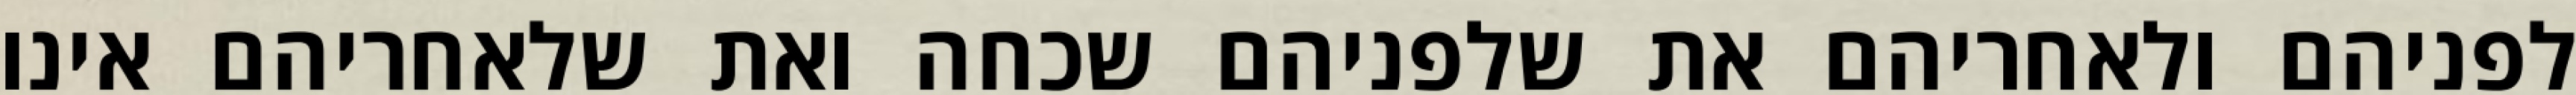
לפניהם ולאחריהם את שלפניהם שכחה ואת שלאחריהם אינו